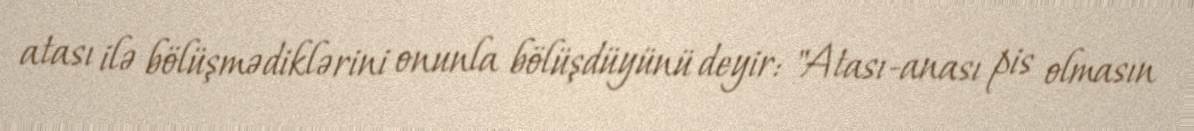
atası ilə bölüşmədiklərini onunla bölüşdüyünü deyir: "Atası-anası pis olmasın